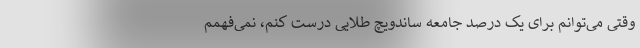
وقتی می‌توانم برای یک درصد جامعه ساندویچ طلایی درست کنم، نمی‌فهمم